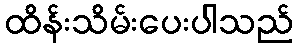
ထိန်းသိမ်းပေးပါသည်